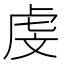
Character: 虔